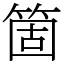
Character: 箇